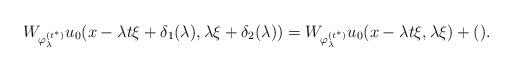
LaTeX: \begin{align*}W_{\varphi_{\lambda}^{(t^*)}}u_0(x-\lambda t\xi + \delta_1(\lambda ), \lambda \xi + \delta_2(\lambda ) )=W_{\varphi_{\lambda}^{(t^*)}}u_0(x -\lambda t\xi , \lambda \xi ) + (). \end{align*}